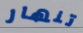
تنهار